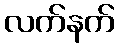
လက်နက်